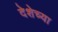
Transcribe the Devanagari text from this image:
देशेच्या